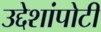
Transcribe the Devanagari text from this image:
उद्देशांपोटी